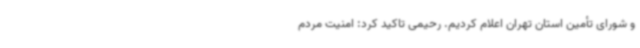
و شورای تأمین استان تهران اعلام کردیم. رحیمی تاکید کرد: امنیت مردم